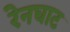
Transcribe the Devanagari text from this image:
रेनघाट